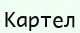
Картел